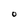
Character: O